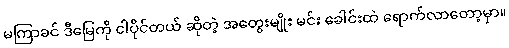
မကြာခင် ဒီမြေကို ငါပိုင်တယ် ဆိုတဲ့ အတွေးမျိုး မင်း ခေါင်းထဲ ရောက်လာတော့မှာ။